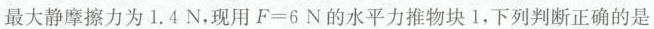
最大静摩擦力为1.4N，现用 $$F = 6 N$$ 的水平力推物块1，下列判断正确的是